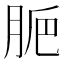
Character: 𦛐